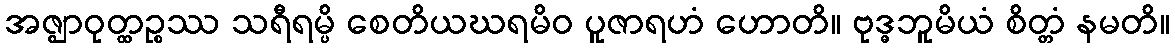
အဇ္ဈာဝုတ္ထဉ္စဿ သရီရမ္ပိ စေတိယဃရမိဝ ပူဇာရဟံ ဟောတိ။ ဗုဒ္ဓဘူမိယံ စိတ္တံ နမတိ။